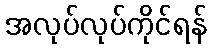
အလုပ်လုပ်ကိုင်ရန်